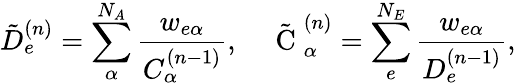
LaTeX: \tilde{D}_{e}^{(n)}=\sum_{\alpha}^{N_{A}}\frac{\displaystyle w_{e\alpha}}{\displaystyle C_{\alpha}^{(n-1)}},\quad\tilde{\mathrm{~C~}}_{\alpha}^{(n)}=\sum_{e}^{N_{E}}\frac{\displaystyle w_{e\alpha}}{\displaystyle D_{e}^{(n-1)}},